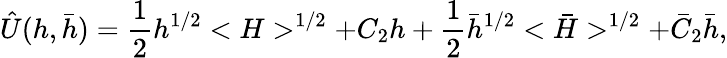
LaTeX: \hat{U}(h,\bar{h})={\frac{1}{2}}h^{1/2}<H>^{1/2}+C_{2}h+{\frac{1}{2}}\bar{h}^{1/2}<\bar{H}>^{1/2}+\bar{C}_{2}\bar{h},